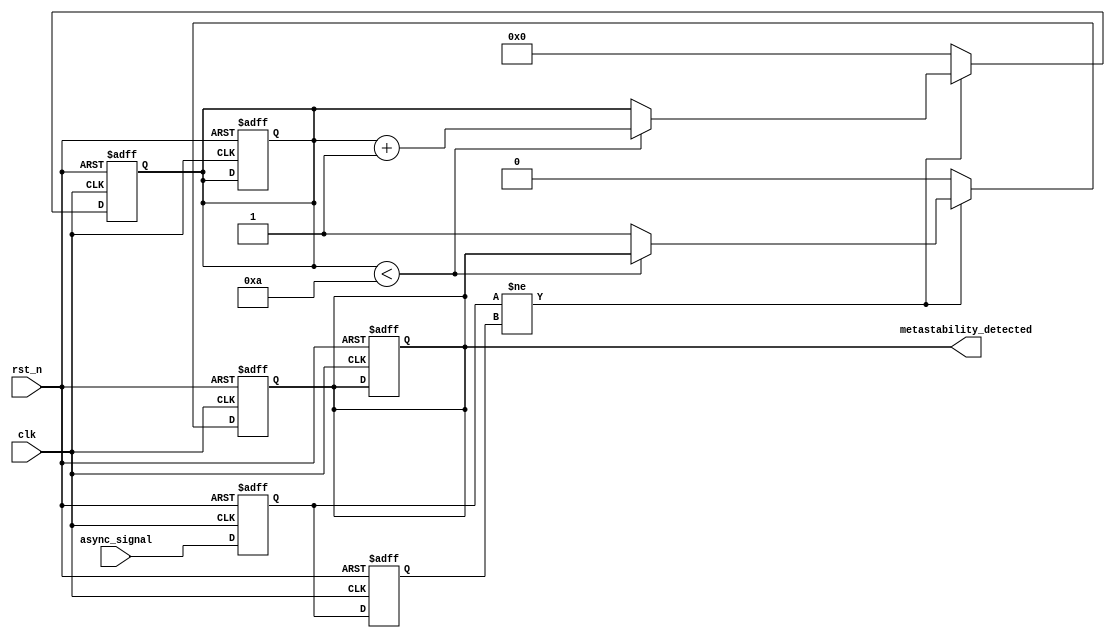
module metastability_detector (
    input wire clk,             // Clock input
    input wire rst_n,           // Active low reset input
    input wire async_signal,     // Asynchronous input signal
    output reg metastability_detected // Output signal indicating metastability
);

    // Internal signals for the flip-flops
    reg ff1, ff2;
    reg [3:0] metastability_counter; // Counter for metastability detection

    // Parameters
    parameter METASTABILITY_THRESHOLD = 4'd10; // Adjust based on timing requirements

    // Sampling flip-flops
    always @(posedge clk or negedge rst_n) begin
        if (!rst_n) begin
            ff1 <= 1'b0;
            ff2 <= 1'b0;
            metastability_detected <= 1'b0;
            metastability_counter <= 4'd0;
        end else begin
            ff1 <= async_signal; // Sample the asynchronous signal
            ff2 <= ff1;          // Sample the output of the first flip-flop
        end
    end

    // Metastability detection logic
    always @(posedge clk or negedge rst_n) begin
        if (!rst_n) begin
            metastability_detected <= 1'b0;
            metastability_counter <= 4'd0;
        end else begin
            if (ff1 != ff2) begin
                // Outputs are different, indicating a potential metastable state
                if (metastability_counter < METASTABILITY_THRESHOLD) begin
                    metastability_counter <= metastability_counter + 1;
                end else begin
                    metastability_detected <= 1'b1; // Metastability detected
                end
            end else begin
                // Reset counter if outputs are the same
                metastability_counter <= 4'd0;
                metastability_detected <= 1'b0; // Reset detection signal
            end
        end
    end

endmodule